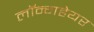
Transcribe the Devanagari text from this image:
लॉन्गहेयर